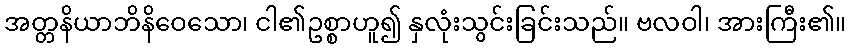
အတ္တနိယာဘိနိဝေသော၊ ငါ၏ဥစ္စာဟူ၍ နှလုံးသွင်းခြင်းသည်။ ဗလဝါ၊ အားကြီး၏။